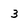
Character: 3